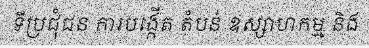
ទីប្រជុំជន ការបង្កើត តំបន់ ឧស្សាហកម្ម និង